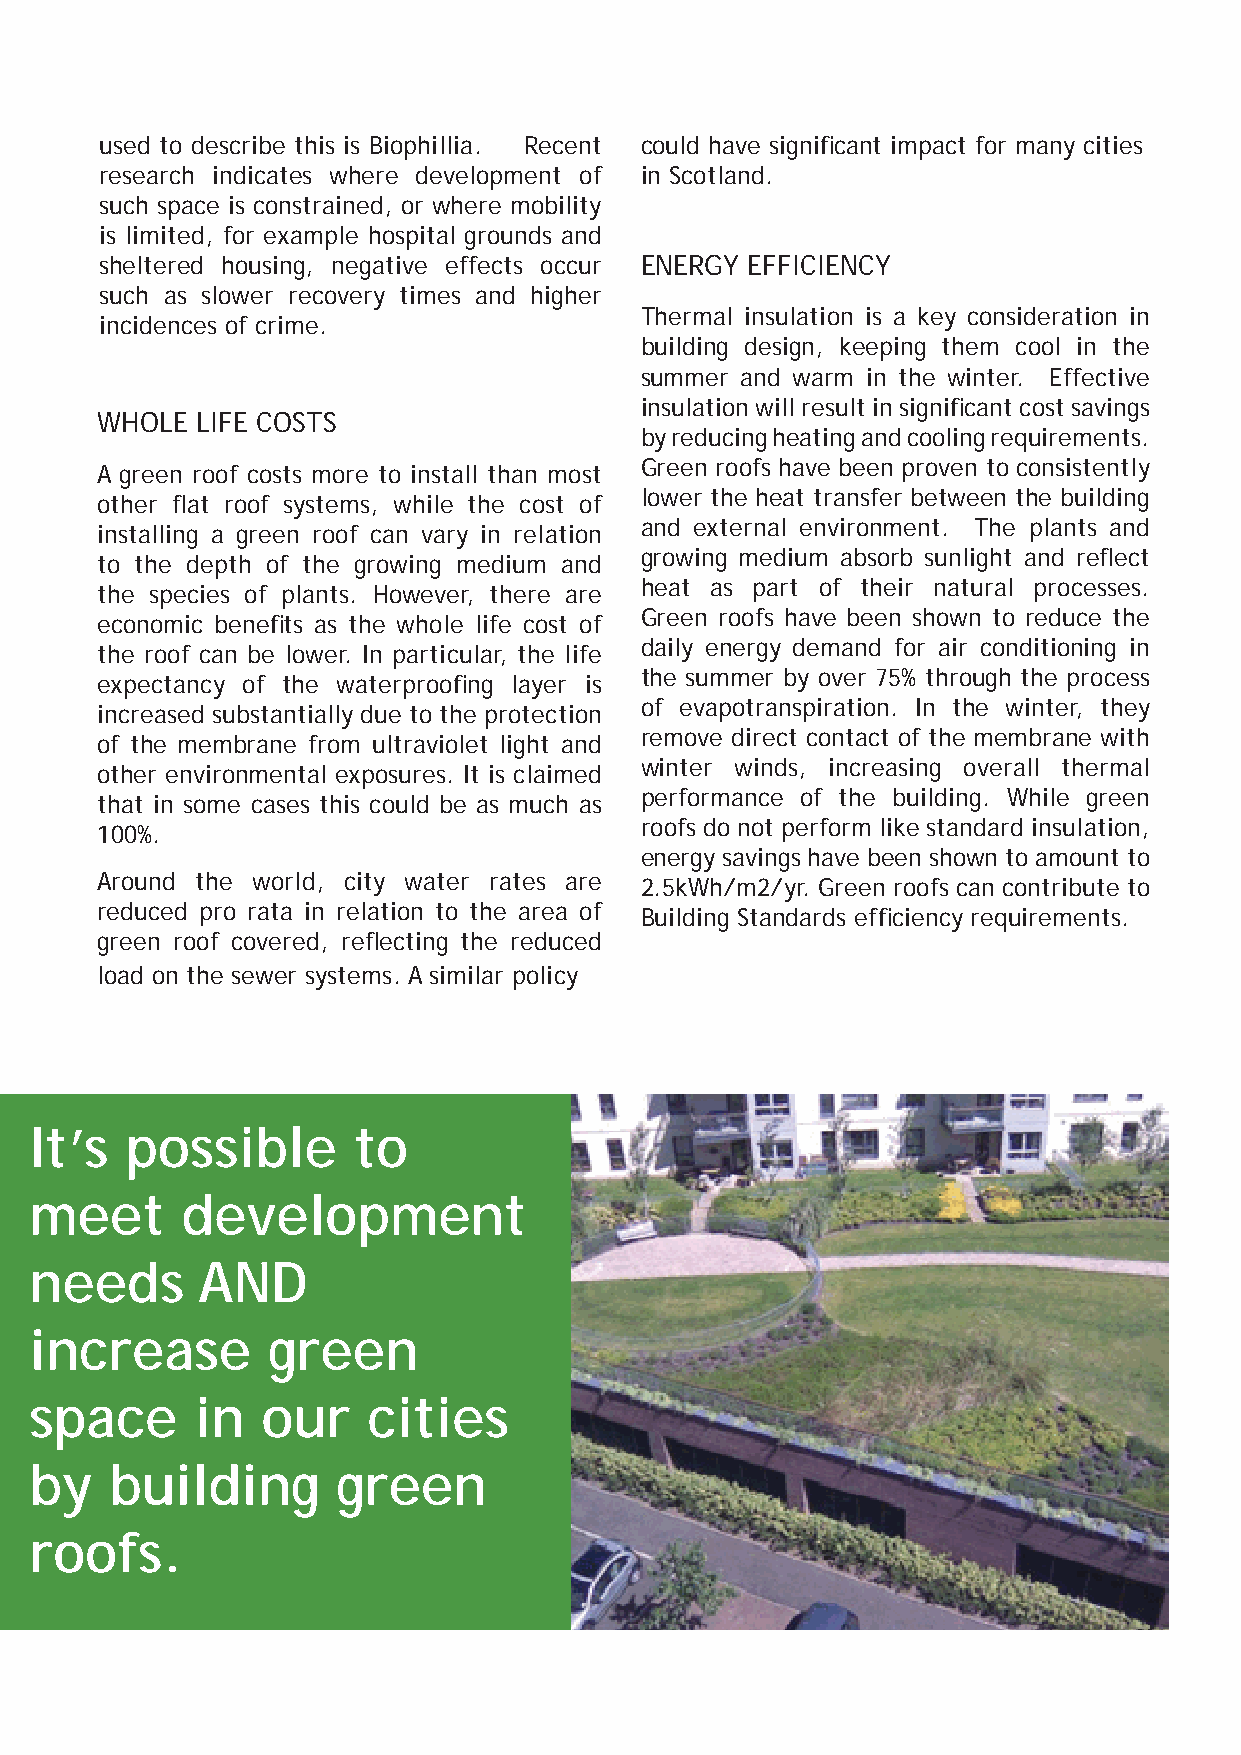
used to describe this is Biophillia. Recent could have signifi cant impact for many cities
 research indicates where development of in Scotland.
 such space is constrained, or where mobility
 is limited, for example hospital grounds and
 sheltered housing, negative effects occur ENERGY EFFICIENCY
 such as slower recovery times and higher
 Thermal insulation is a key consideration in
 incidences of crime.
 building design, keeping them cool in the
 summer and warm in the winter. Effective
 insulation will result in signifi cant cost savings
 WHOLE  LIFE COSTS
 by reducing heating and cooling requirements.
 Green roofs have been proven to consistently
 A green roof costs more to install than most
 lower the heat transfer between the building
 other fl at roof systems, while the cost of
 and external environment. The plants and
 installing a green roof can vary in relation
 growing medium absorb sunlight and refl ect
 to the depth of the growing medium and
 heat as part of their natural processes.
 the species of plants. However, there are
 Green roofs have been shown to reduce the
 economic benefi ts as the whole life cost of
 daily energy demand for air conditioning in
 the roof can be lower. In particular, the life
 the summer by over 75% through the process
 expectancy of the waterproofi ng layer is
 of evapotranspiration. In the winter, they
 increased substantially due to the protection
 remove direct contact of the membrane with
 of the membrane from ultraviolet light and
 winter winds, increasing overall thermal
 other environmental exposures. It is claimed
 performance of the building. While green
 that in some cases this could be as much as
 roofs do not perform like standard insulation,
 100%.
 energy savings have been shown to amount to
 Around the world, city water rates are 2.5kWh/m2/yr. Green roofs can contribute to
 reduced pro rata in relation to the area of Building Standards effi ciency requirements.
 green roof covered, refl ecting the reduced
 load on the sewer systems. A similar policy
 It’s  possible       to
 meet      development
 needs      AND
 increase        green
 space      in  our    cities
 by   building       green
 roofs.